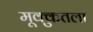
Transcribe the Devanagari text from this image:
मूक्कुतला